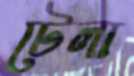
টেলা